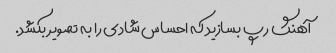
آهنگ رپ بسازید که احساس شادی را به تصویر بکشد.